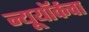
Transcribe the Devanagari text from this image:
न्यूयॉर्कचा